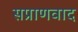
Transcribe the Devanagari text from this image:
सप्राणवाद